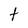
Character: t